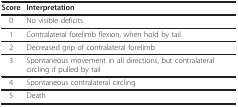
| Score | Interpretation |
 | --- | --- |
 | 0 | No visible deficits |
 | 1 | Contralateral forelimb flexion, when hold by tail |
 | 2 | Decreased grip of contralateral forelimb |
 | 3 | Spontaneous movement in all directions, but contralateral circling if pulled by tail |
 | 4 | Spontaneous contralateral circling |
 | 5 | Death |